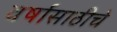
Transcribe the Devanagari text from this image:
वर्षासाठीचे